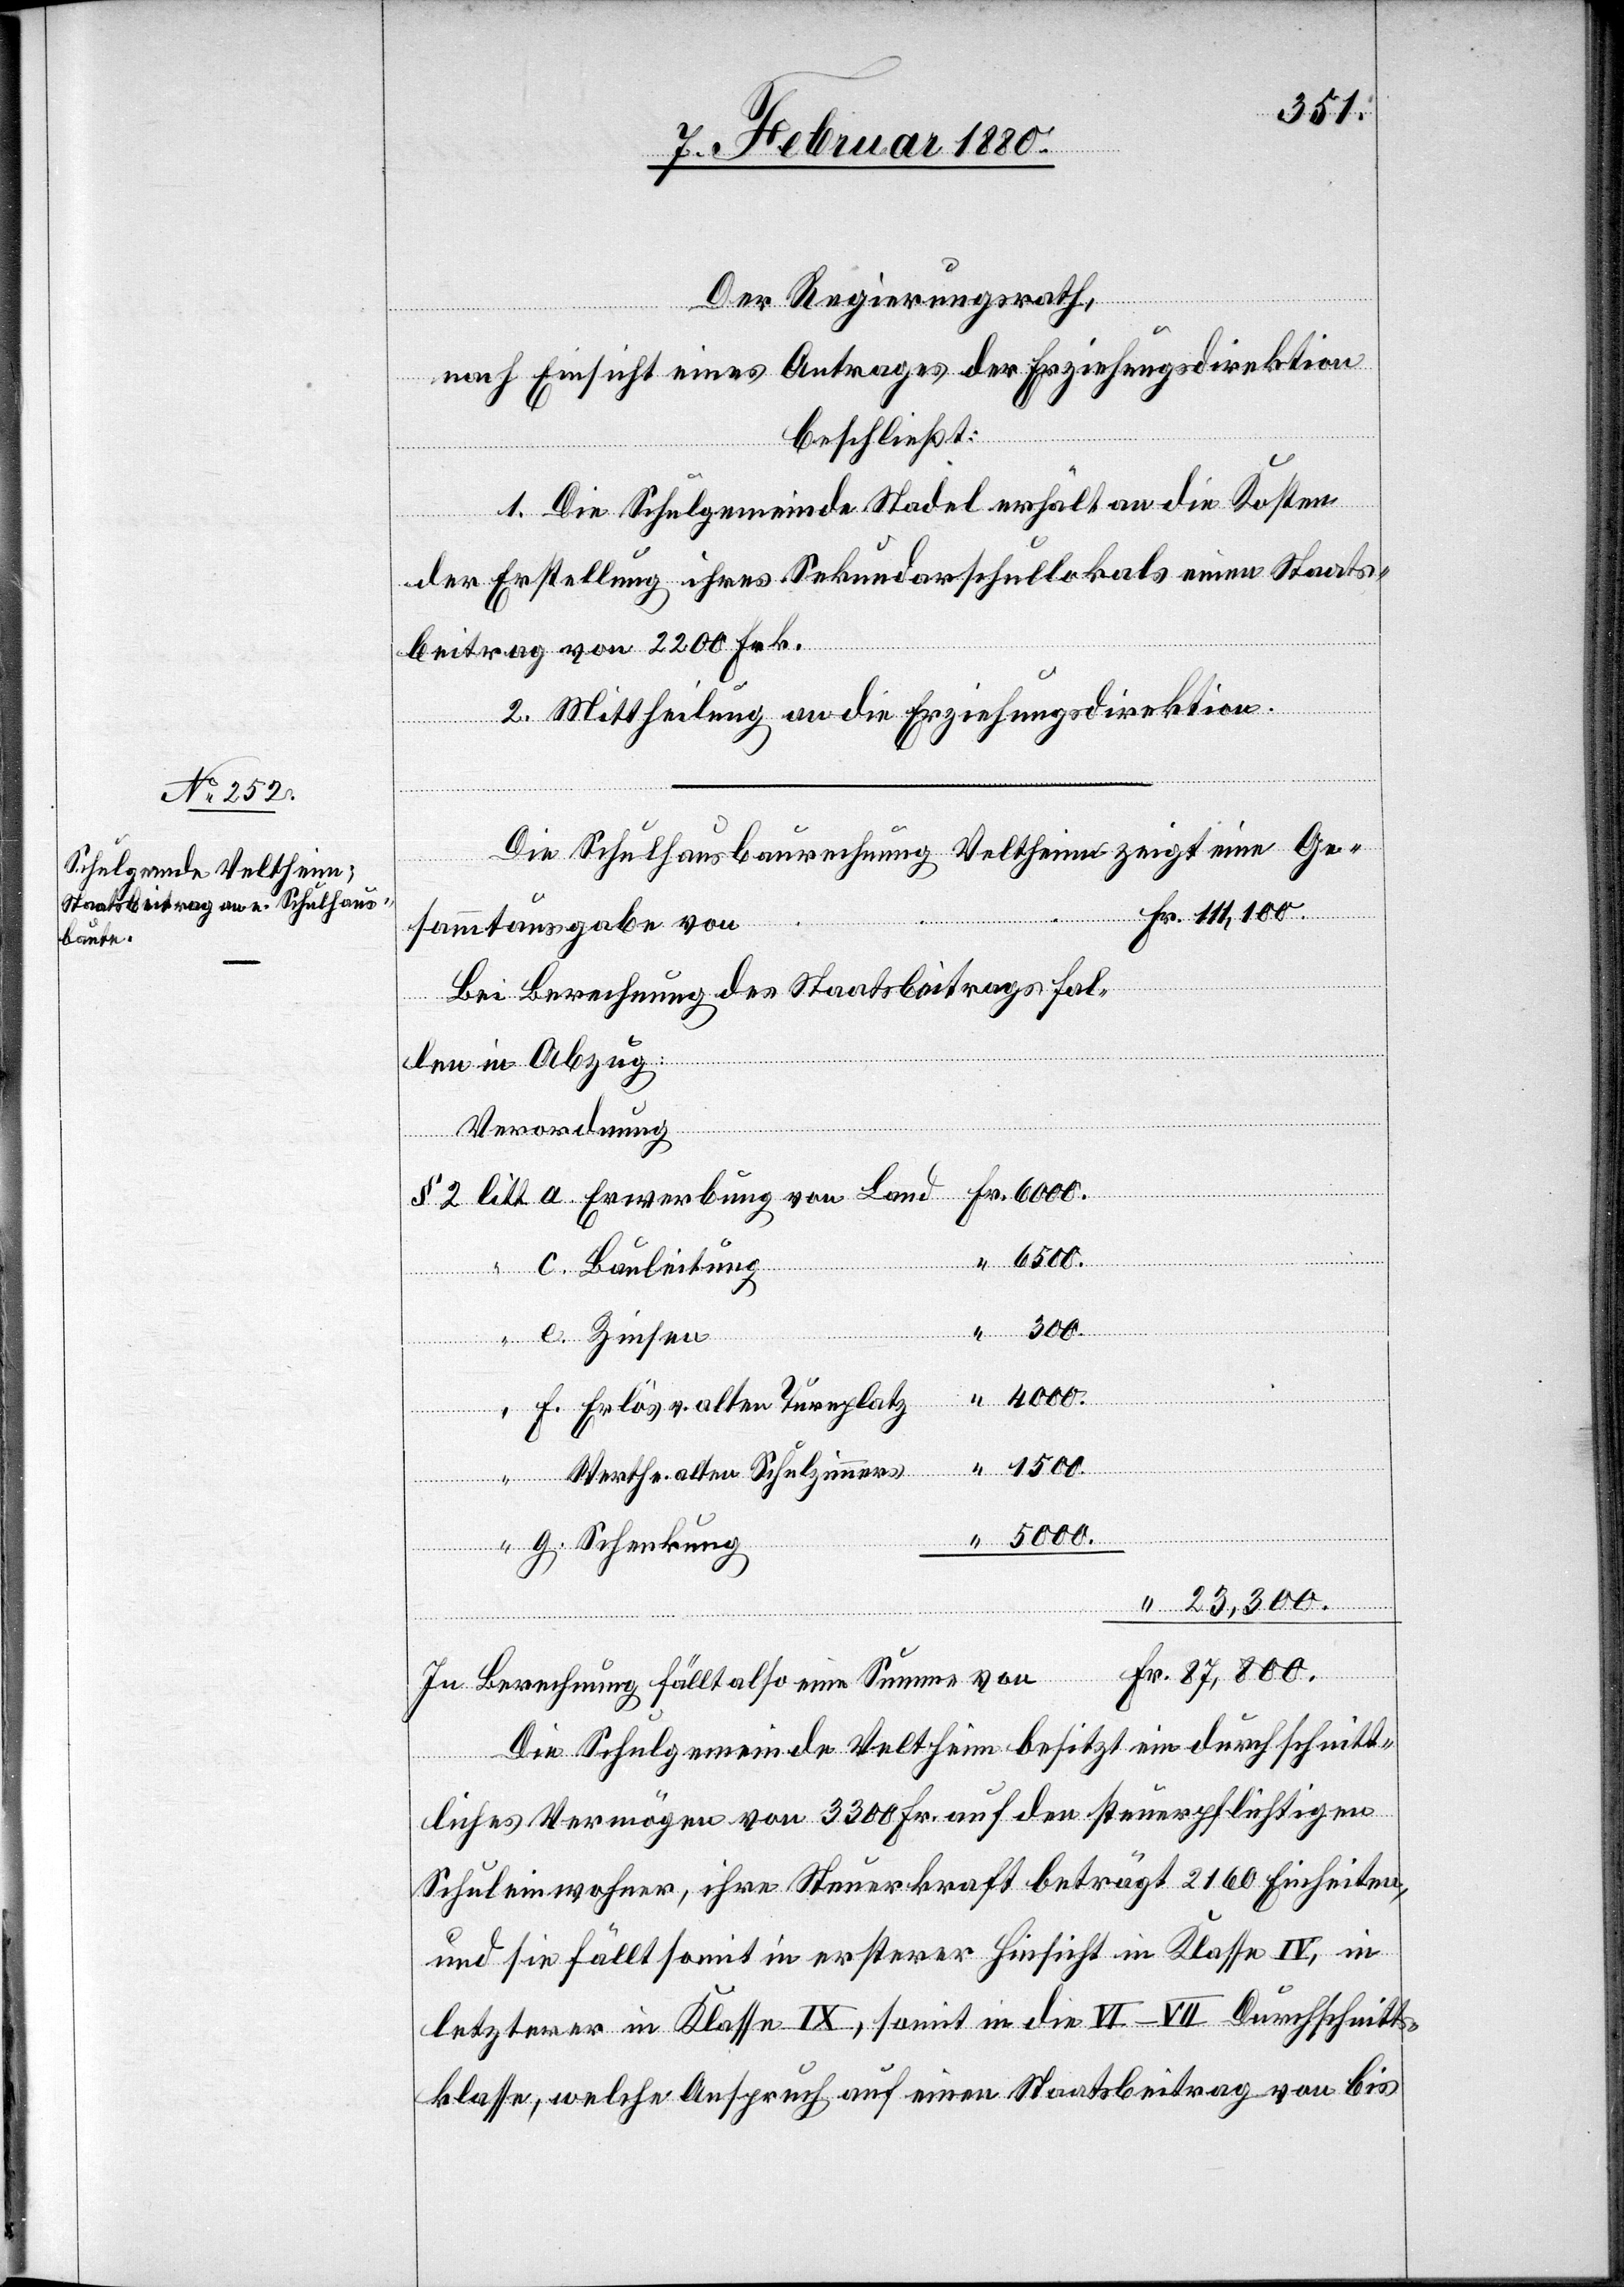
800.
Der Regierungsrath,
nach Einsicht eines Antrages der Erziehungsdirektion,
beschließt:
1. Die Schulgemeinde Stadel erhält an die Kosten
87
der Erstellung ihres Sekundarschullokals einen Staats¬
beitrag von 2200 Frk.
2. Mittheilung an die Erziehungsdirektion.
Die Schulhausbaurechnung Veltheim zeigt eine Ge¬
sammtausgabe von
Bei Berechnung des Staatsbeitrags fal¬
len in Abzug:
Verordnung
Fr.
1500.
Schenkung
4000.
Erlös v. alten Turnplatz
Werth e. alten Schulzimmers
“
In Berechnung fällt also eine Summe von
Die Schulgemeinde Veltheim besitzt ein durchschnitt¬
liches Vermögen von 3300 Fr. auf den steuerpflichtigen
Schuleinwohner, ihre Steuerkraft beträgt 2160 Einheiten,
und sie fällt somit in ersterer Hinsicht in Klasse IV, in
letzterer in Klasse IX, somit in die VI–VII Durchschnitts¬
klasse, welche Anspruch auf einen Staatsbeitrag von bis